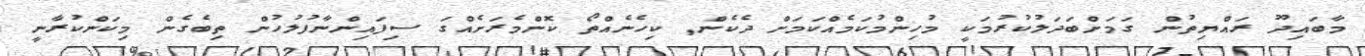
މާބައިދޫ ރައްޔިތުން ގަމަށްބަދަލުކުރުމަކީ މުހިންމުކަމެއްކަމަށް ދެކެން